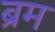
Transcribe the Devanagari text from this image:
ब्रम